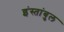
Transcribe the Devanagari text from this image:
इंस्तांबुल